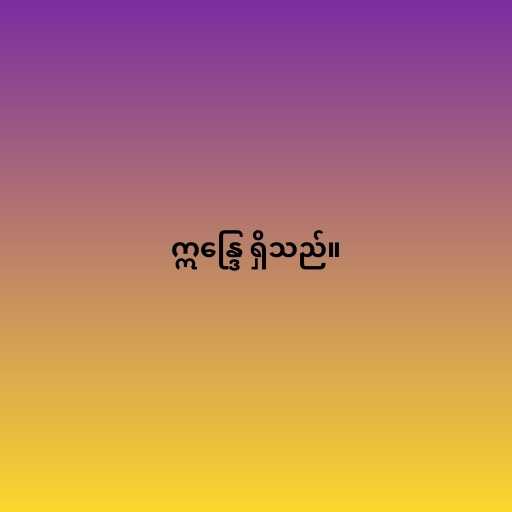
ဣန္ဒြေ ရှိသည်။